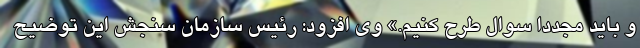
و باید مجددا سوال طرح کنیم.» وی افزود: رئیس سازمان سنجش این توضیح